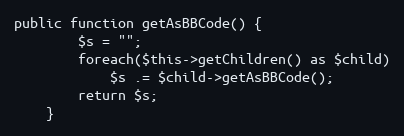
Language: PHP
public function getAsBBCode() {
        $s = "";
        foreach($this->getChildren() as $child)
            $s .= $child->getAsBBCode();
        return $s;
    }